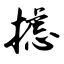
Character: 摅